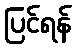
ပြင်ရန်